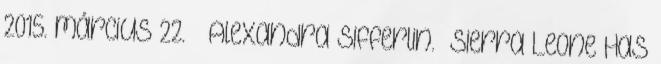
2015. március 22. ↑ Alexandra Sifferlin. „Sierra Leone Has